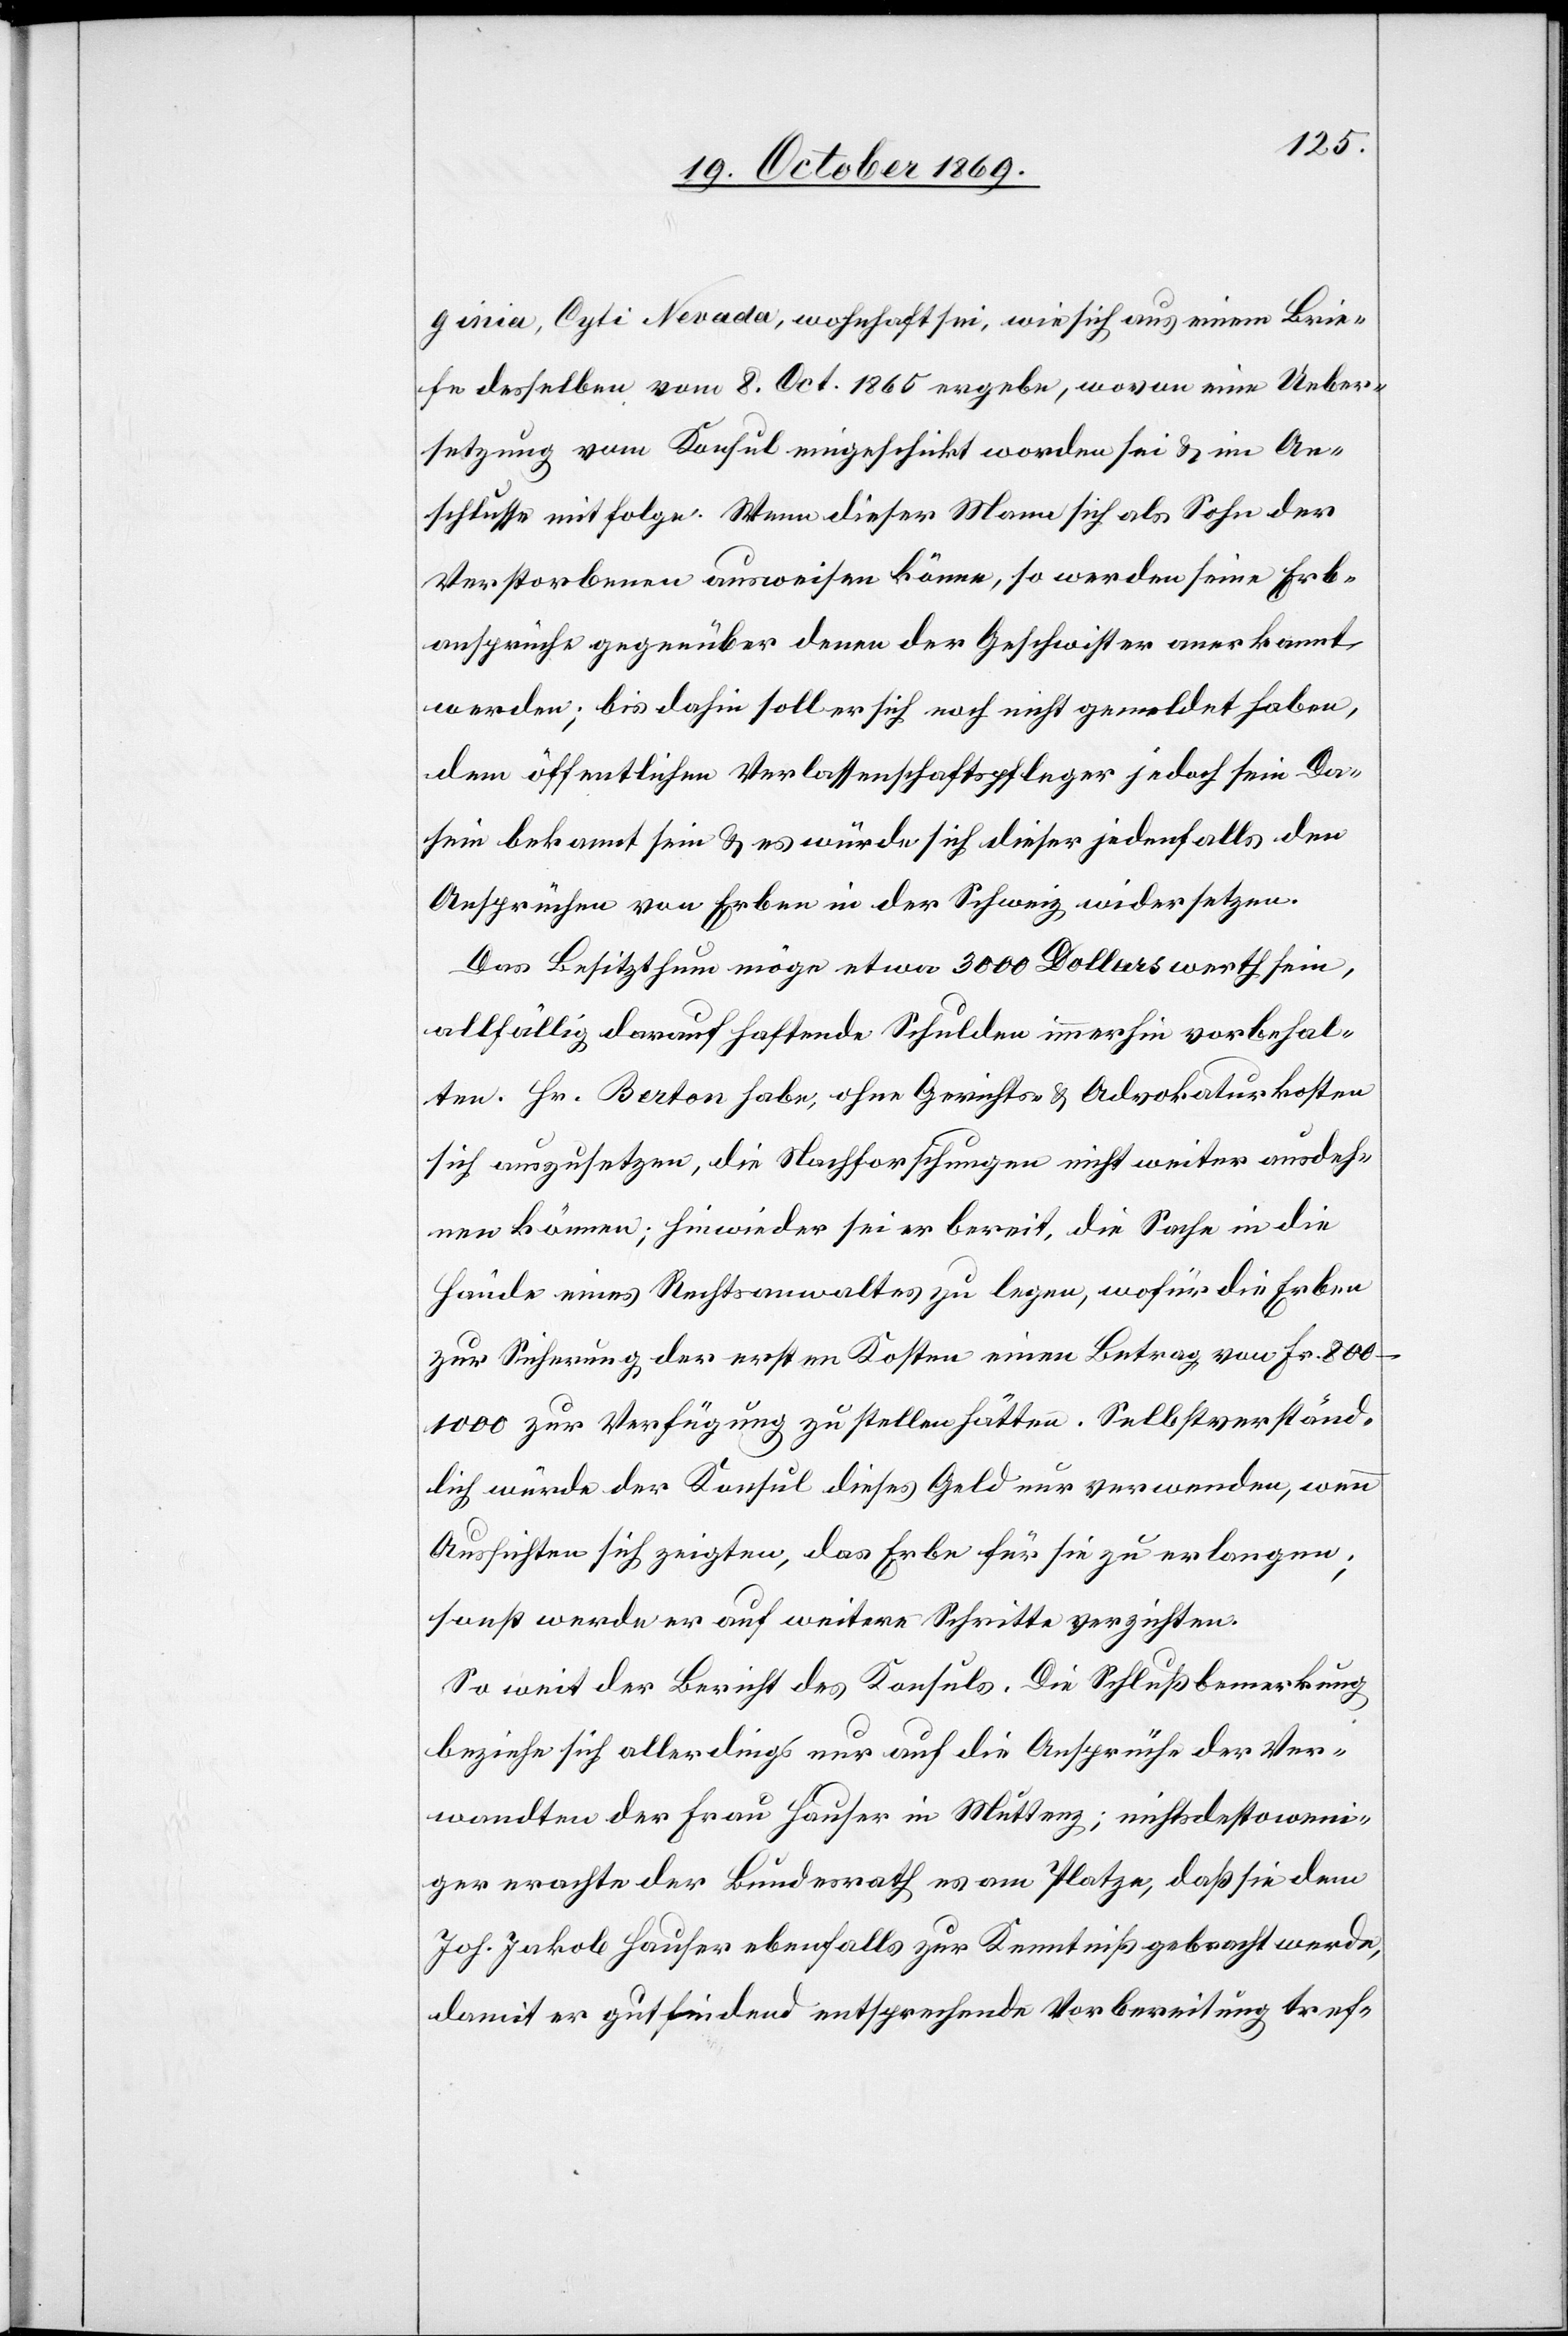
ginia, Cyti [sic!] Nevada, wohnhaft sei, wie sich aus einem Brie¬
fe desselben vom 8. Oct. 1865 ergebe, wovon eine Ueber¬
setzung vom Konsul eingeschickt worden sei & im An¬
schlusse mitfolge. Wenn dieser Mann sich als Sohn der
Verstorbenen ausweisen könne, so werden seine Erb¬
ansprüche gegenüber denen der Geschwister anerkannt
werden; bis dahin soll er sich noch nicht gemeldet haben,
dem öffentlichen Verlassenschaftspfleger jedoch sein Da¬
sein bekannt sein & es würde sich dieser jedenfalls den
Ansprüchen von Erben in der Schweiz widersetzen.
Das Besitzthum möge etwa 3000 Dollars werth sein,
allfällig darauf haftende Schulden immerhin vorbehal¬
ten. Hr. Berton habe, ohne Gerichts- & Advokaturkosten
sich auszusetzen, die Nachforschungen nicht weiter ausdeh¬
nen können; hinwieder sei er bereit, die Sache in die
Hände eines Rechtsanwaltes zu legen, wofür die Erben
zur Sicherung der ersten Kosten einen Betrag von Fr.
800–1000 zur Verfügung zu stellen hätten. Selbstverständ¬
lich würde der Konsul dieses Geld nur verwenden, wenn
Aussichten sich zeigten, das Erbe für sie zu erlangen;
sonst werde er auf weitere Schritte verzichten.
So weit der Bericht des Konsuls. Die Schlußbemerkung
beziehe sich allerdings nur auf die Ansprüche der Ver¬
wandten der Frau Hauser in Muttenz; nichtsdestoweni¬
ger erachte der Bundesrath es am Platze, daß sie dem
Joh. Jakob Hauser ebenfalls zur Kenntniß gebracht werde,
damit er gutfindend entsprechende Vorbereitung tref-